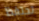
تحتفظ